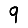
Digit: 9